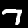
Label: 7